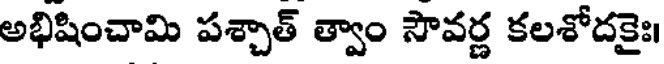
అభిషించామి పశ్చాత్ త్వాం సౌవర్ణ కలశోదకైః।